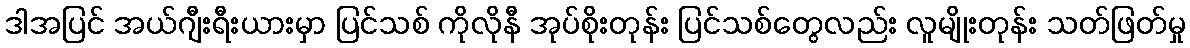
ဒါအပြင် အယ်ဂျီးရီးယားမှာ ပြင်သစ် ကိုလိုနီ အုပ်စိုးတုန်း ပြင်သစ်တွေလည်း လူမျိုးတုန်း သတ်ဖြတ်မှု